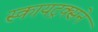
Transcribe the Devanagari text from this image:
स्कायट्रक्सने